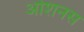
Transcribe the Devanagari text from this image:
ओशनस